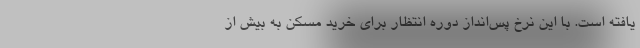
یافته است. با این نرخ پس‌انداز دوره انتظار برای خرید مسکن به بیش از